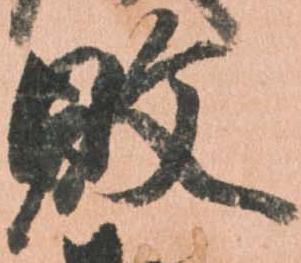
敗